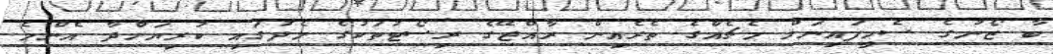
ބާ ޒޯނުގެ ސެމީފައިނަލް މެޗެއްްގެ ތެރެއިން ރާއްޖޭގެ ރިސޯޓުތަކުގެ މެދުގައި ކުރިޔަށްދާ އެންމެ